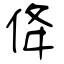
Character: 佭